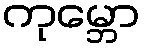
ကုမ္ဘော